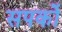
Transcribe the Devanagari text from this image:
सपर्को